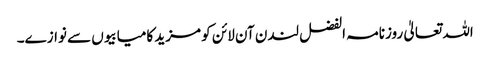
اللہ تعالیٰ روزنامہ الفضل لندن آن لائن کو مزید کامیابیوں سے نوازے۔